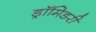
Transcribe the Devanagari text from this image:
ड्रॉमिडरी